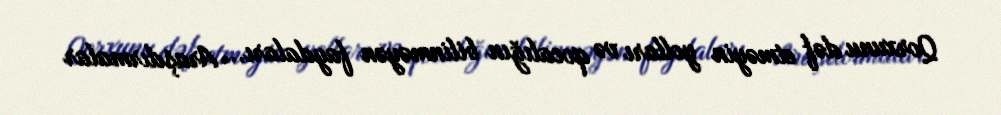
Qorxunu dəf etməyin yolları və qocalığın bilinməyən faydaları... Araşdırmalar